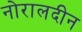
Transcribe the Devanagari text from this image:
नोरालदीन